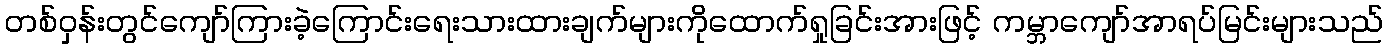
တစ်ဝှန်းတွင်ကျော်ကြားခဲ့ကြောင်းရေးသားထားချက်များကိုထောက်ရှုခြင်းအားဖြင့် ကမ္ဘာကျော်အာရပ်မြင်းများသည်